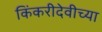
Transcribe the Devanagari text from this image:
किंकरीदेवीच्या